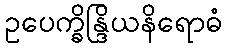
ဥပေက္ခိန္ဒြိယနိရောဓံ